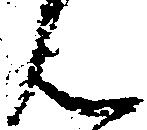
ん